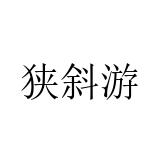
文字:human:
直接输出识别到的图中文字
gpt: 狭斜游